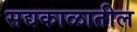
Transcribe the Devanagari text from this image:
सद्यकाळातील